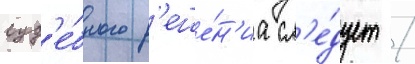
суд'е́бного р'еше́н'иа сл'е́дует /